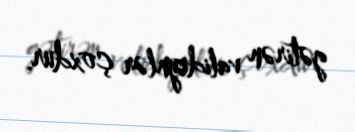
gətirən valideynlər çoxdur.